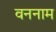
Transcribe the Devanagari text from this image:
वननाम